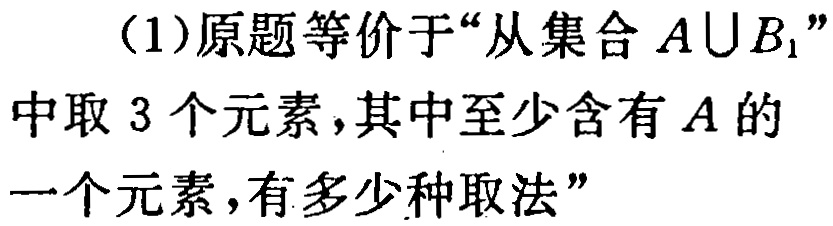
（1）原题等价于“从集合 \(A\cup B_{1}\)”中取 \(3\) 个元素，其中至少含有 \(A\) 的一个元素，有多少种取法”